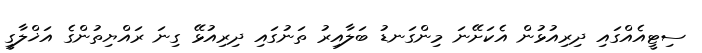
ސިޓީއެއްގައި ދިރިއުޅުން އެކަށޭނަ މިންގަނޑު ބަލާއިރު ތަނުގައި ދިރިއުޅޭ ގިނަ ރައްޔިތުންގެ އަޚްލާގީ